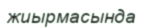
жиырмасында